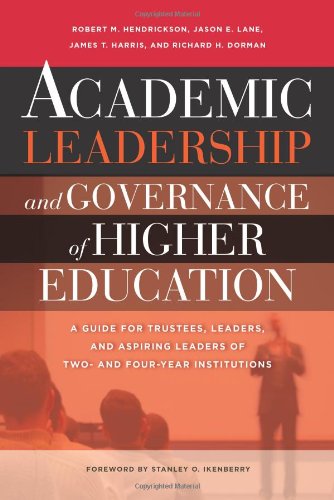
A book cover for Academic Leadership and Governance of Higher Education: A Guide for Trustees, Leaders, and Aspiring Leaders of Two- and Four-Year Institutions; Robert M. Hendrickson; Education & Teaching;